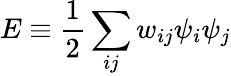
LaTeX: E\equiv\frac{1}{2}\sum_{ij}w_{ij}\psi_{i}\psi_{j}